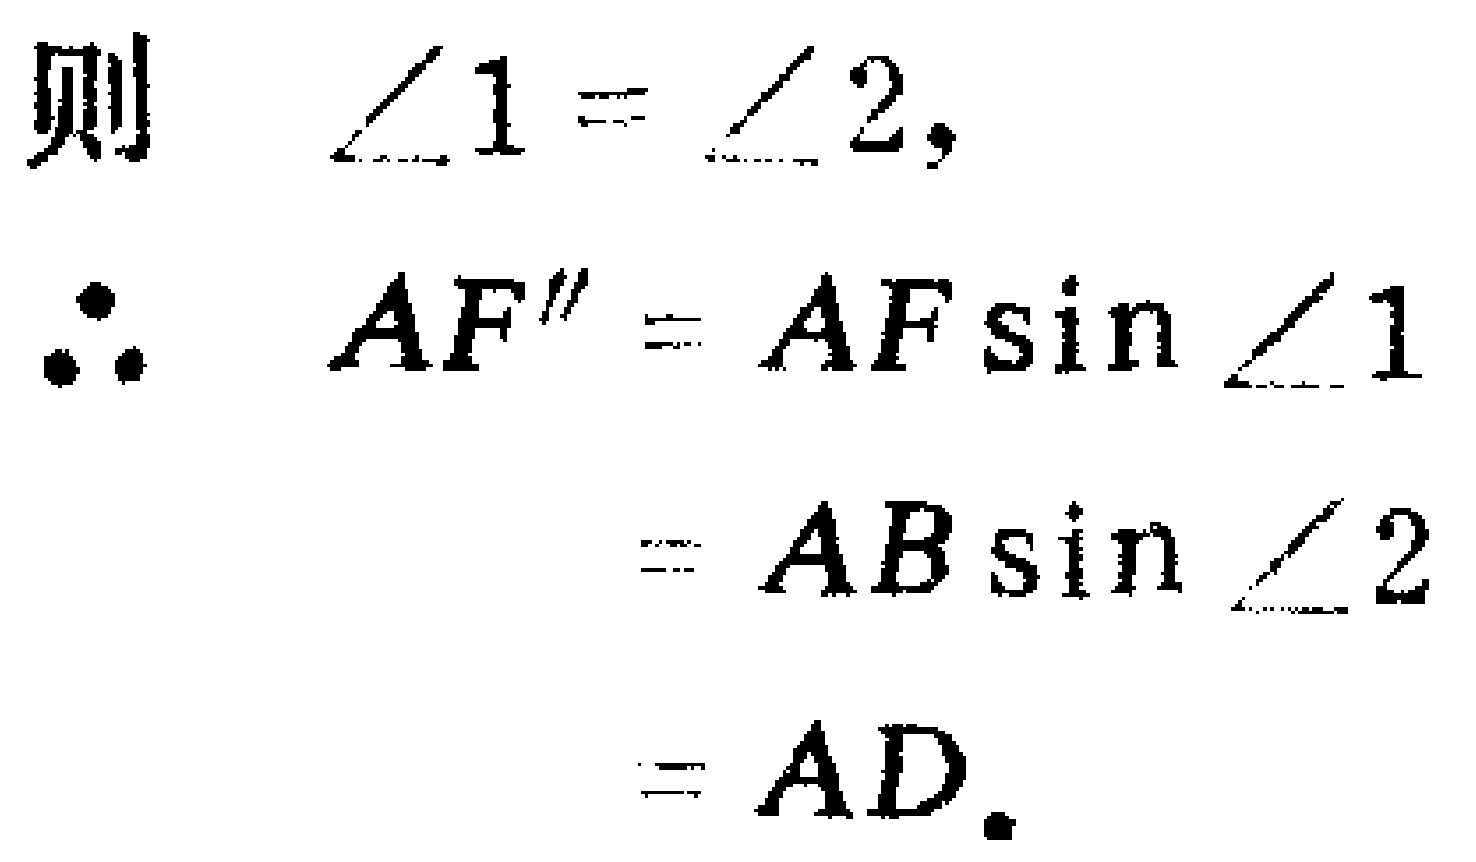
则 $\angle 1 = \angle 2,$
$\therefore$
\[
\begin{align*}
AF^{\prime\prime}&=AF\sin\angle 1\\
&=AB\sin\angle 2\\
&=AD.
\end{align*}
\]